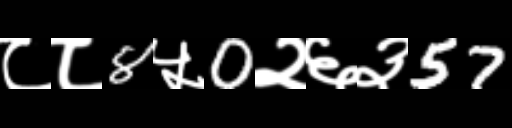
Text: ८८8५0२६३57